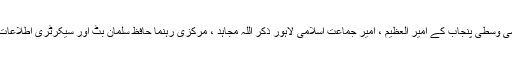
وفد میں امیر جماعت اسلامی وسطی پنجاب کے امیر العظیم ، امیر جماعت اسلامی لاہور ذکر اللہ مجاہد ، مرکزی رہنما حافظ سلمان بٹ اور سیکرٹری اطلاعات قیصر شریف شامل تھے ۔